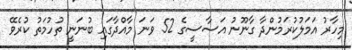
މިހާރު އަމަލުކުރަމުންދާ ގާނޫނު އަސާސީގެ 52 ވަނަ މާއްދާގައި ބުނަނީ ތުހުމަތު ކުރެވޭ